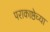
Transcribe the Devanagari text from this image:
पराकाष्ठेच्या